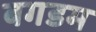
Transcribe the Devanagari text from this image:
बगडम